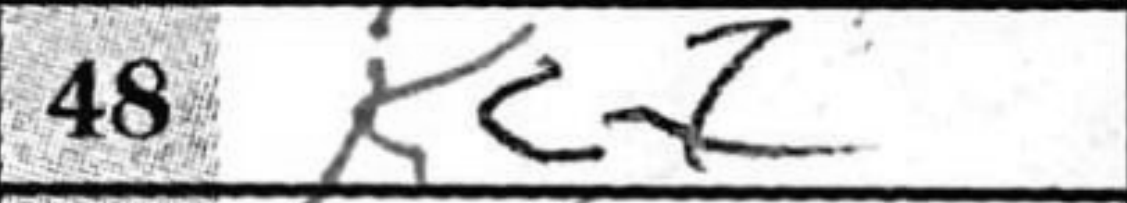
Transcription: Kc7